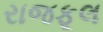
રાજફૂલ